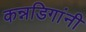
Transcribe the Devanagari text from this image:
कन्नडिगांनी